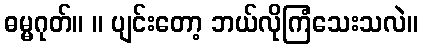
ဓမ္မဂုတ်။ ။ ပျင်းတော့ ဘယ်လိုကြံသေးသလဲ။